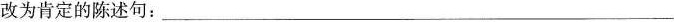
改为肯定的陈述句：___